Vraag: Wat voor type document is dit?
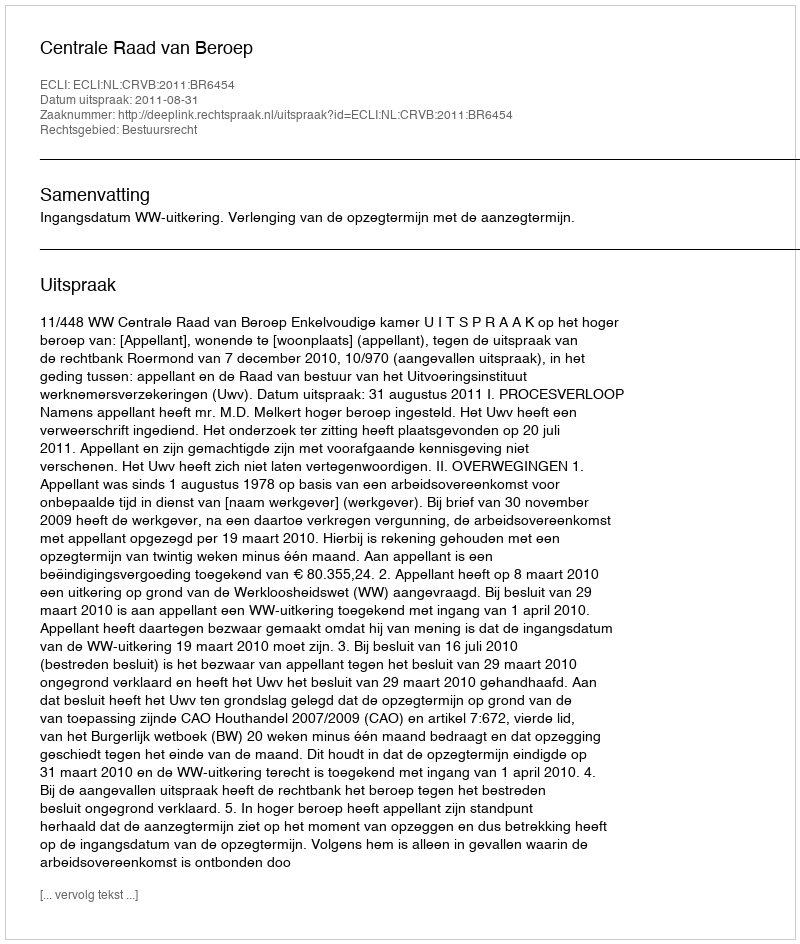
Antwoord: Uitspraak